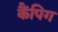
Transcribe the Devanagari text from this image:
कैंपिग